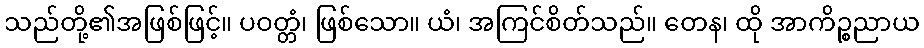
သည်တို့၏အဖြစ်ဖြင့်။ ပဝတ္တံ၊ ဖြစ်သော။ ယံ၊ အကြင်စိတ်သည်။ တေန၊ ထို အာကိဉ္စညာယ